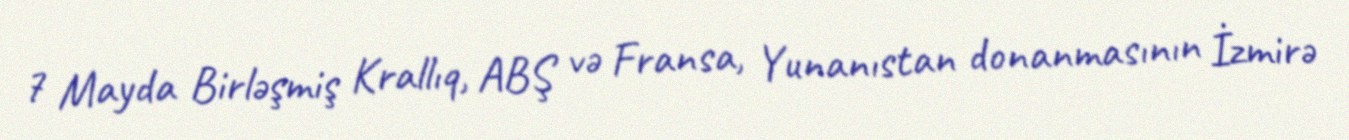
7 Mayda Birləşmiş Krallıq, ABŞ və Fransa, Yunanıstan donanmasının İzmirə